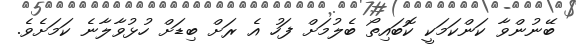
ބޭނުންވާ ކަންކަމަކީ ކޮބައިތޯ ބެލުމަށް ފަހު އެ ރަށް ބިޑަށް ހުޅުވާލާނެ ކަމަށެވެ.